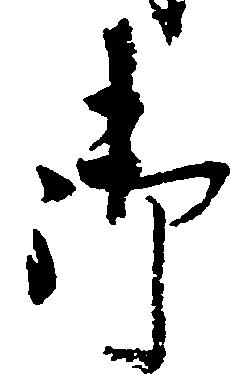
御